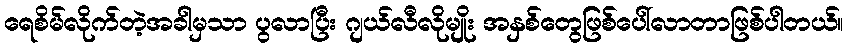
ရေစိမ်လိုက်တဲ့အခါမှသာ ပွလာပြီး ဂျယ်လီလိုမျိုး အနှစ်တွေဖြစ်ပေါ်လာတာဖြစ်ပါတယ်။